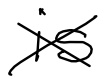
Text: is
Cross-out: cross
Writing tool: digital_black